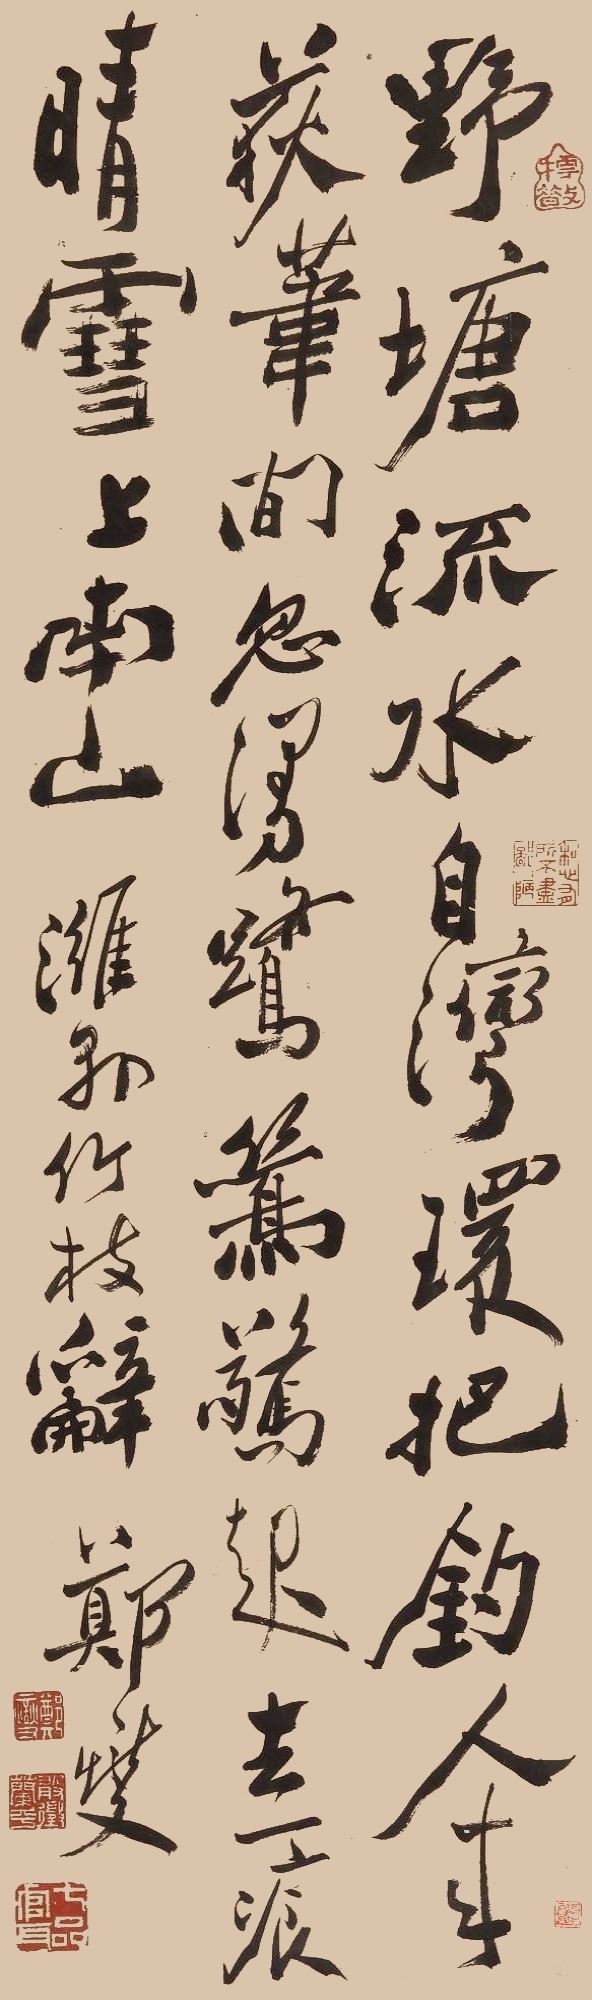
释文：野塘流水自湾环，把钓人来荻华间。忽漫鹭鸶惊起去，一痕晴雪上南山。潍县竹枝辞。郑燮。